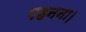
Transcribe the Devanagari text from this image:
पहनना।